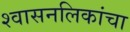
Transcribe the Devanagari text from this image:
श्वासनलिकांचा